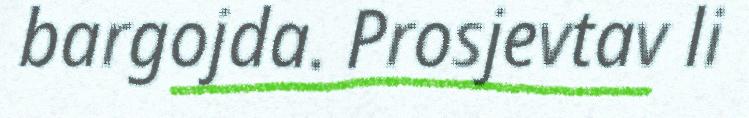
bargojda. Prosjevtav li